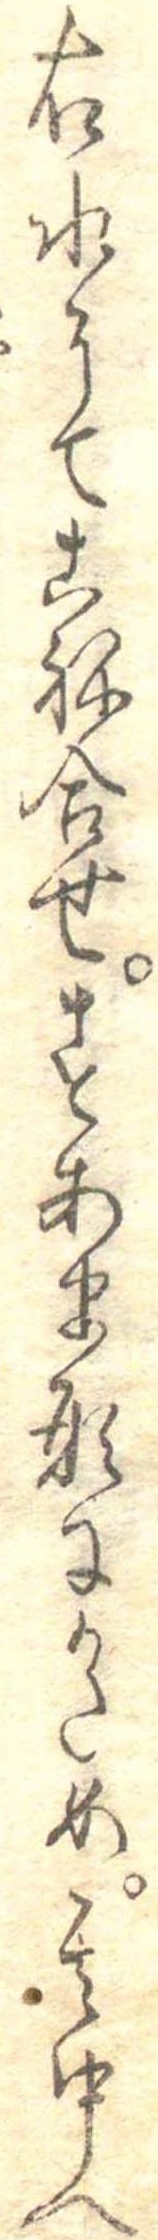
右水にてこね合せすあま形にかため其中へ